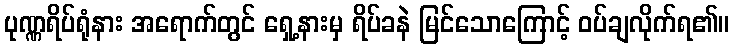
ပုဏ္ဏရိပ်ရုံနား အရောက်တွင် ရှေ့နားမှ ရိပ်ခနဲ မြင်သောကြောင့် ဝပ်ချလိုက်ရ၏။